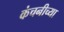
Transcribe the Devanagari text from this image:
कंचनीच्या